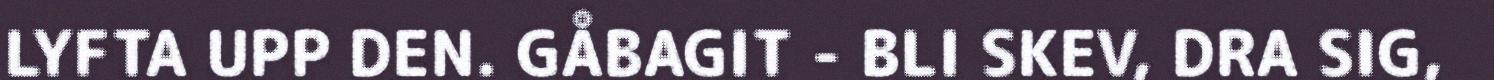
LYFTA UPP DEN. GÅBAGIT - BLI SKEV, DRA SIG,